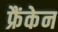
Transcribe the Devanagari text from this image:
फ्रैंकेन